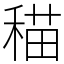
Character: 䅦